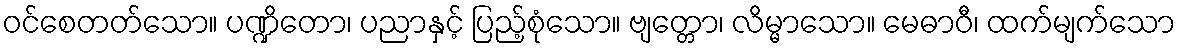
ဝင်စေတတ်သော။ ပဏ္ဍိတော၊ ပညာနှင့် ပြည့်စုံသော။ ဗျတ္တော၊ လိမ္မာသော။ မေဓာဝီ၊ ထက်မျက်သော